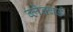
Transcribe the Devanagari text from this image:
ब्लेक्बर्ड